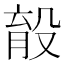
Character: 𣪟